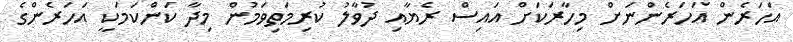
އަހަރެން އަހަރެންނަށް މިހާރަކަށް އައިސް ރެޔާއި ދުވާލު ކުރިމަތިވަމުން މިދާ ކަންކަމަކީ އަހަރެންގެ